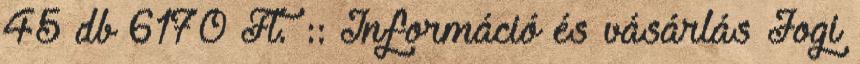
45 db 6170 Ft. :: Információ és vásárlás Jogi